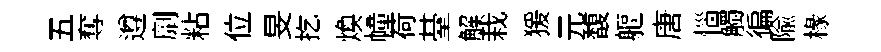
五奪遵劘粘位旻扢焕幢荷䑓解栽猨元馥軀唐惱觸徧隃椽